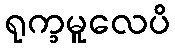
ရုက္ခမူလေပိ